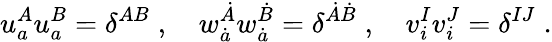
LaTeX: u_{a}^{A}u_{a}^{B}=\delta^{AB}\; ,\quad w_{\dot{a}}^{\dot{A}}w_{\dot{a}}^{\dot{B}}=\delta^{\dot{A}\dot{B}}\; ,\quad v_{i}^{I}v_{i}^{J}=\delta^{IJ}\; .